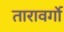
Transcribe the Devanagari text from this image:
तारावर्गो